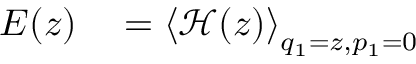
\begin{array} { r l } { E ( z ) } & { { } = \left< \mathcal { H } ( z ) \right> _ { q _ { 1 } = z , p _ { 1 } = 0 } } \end{array}